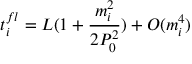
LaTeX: t _ { i } ^ { f l } = L ( 1 + \frac { m _ { i } ^ { 2 } } { 2 P _ { 0 } ^ { 2 } } ) + O ( m _ { i } ^ { 4 } )